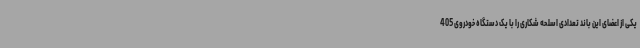
یکی از اعضای این باند تعدادی اسلحه شکاری را با یک دستگاه خودروی 405